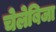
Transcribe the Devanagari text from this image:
चेलेबिजा